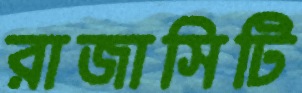
রাজাসিটি